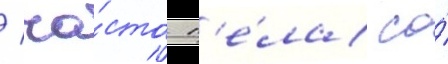
/ ча́сто п'е́ла со́